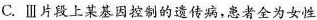
C.Ⅲ片段上某基因控制的遗传病，患者全为女性